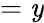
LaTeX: =\mathit{y}